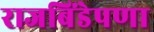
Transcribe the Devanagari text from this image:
राजबिंडेपणा